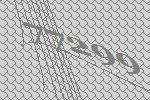
77299